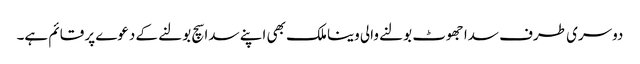
دوسری طرف سدا جھوٹ بولنے والی وینا ملک بھی اپنے سدا سچ بولنے کے دعوے پر قائم ہے۔